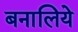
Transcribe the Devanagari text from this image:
बनालिये